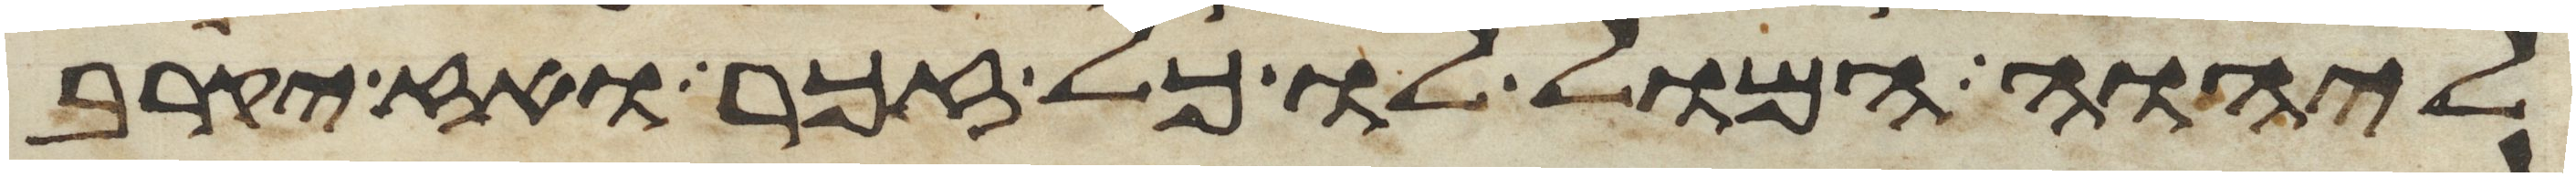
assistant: ליהוה המול לו כל זכר ואז יקרב